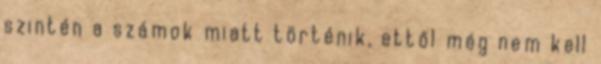
szintén a számok miatt történik, ettől még nem kell